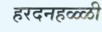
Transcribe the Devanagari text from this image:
हरदनहळ्ळी